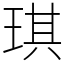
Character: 琪